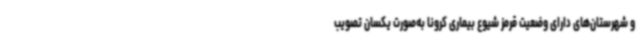
و شهرستان‌های دارای وضعیت قرمز شیوع بیماری کرونا به‌صورت یکسان تصویب